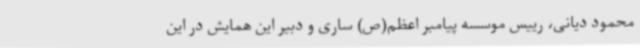
محمود دیانی، رییس موسسه پیامبر اعظم(ص) ساری و دبیر این همایش در این